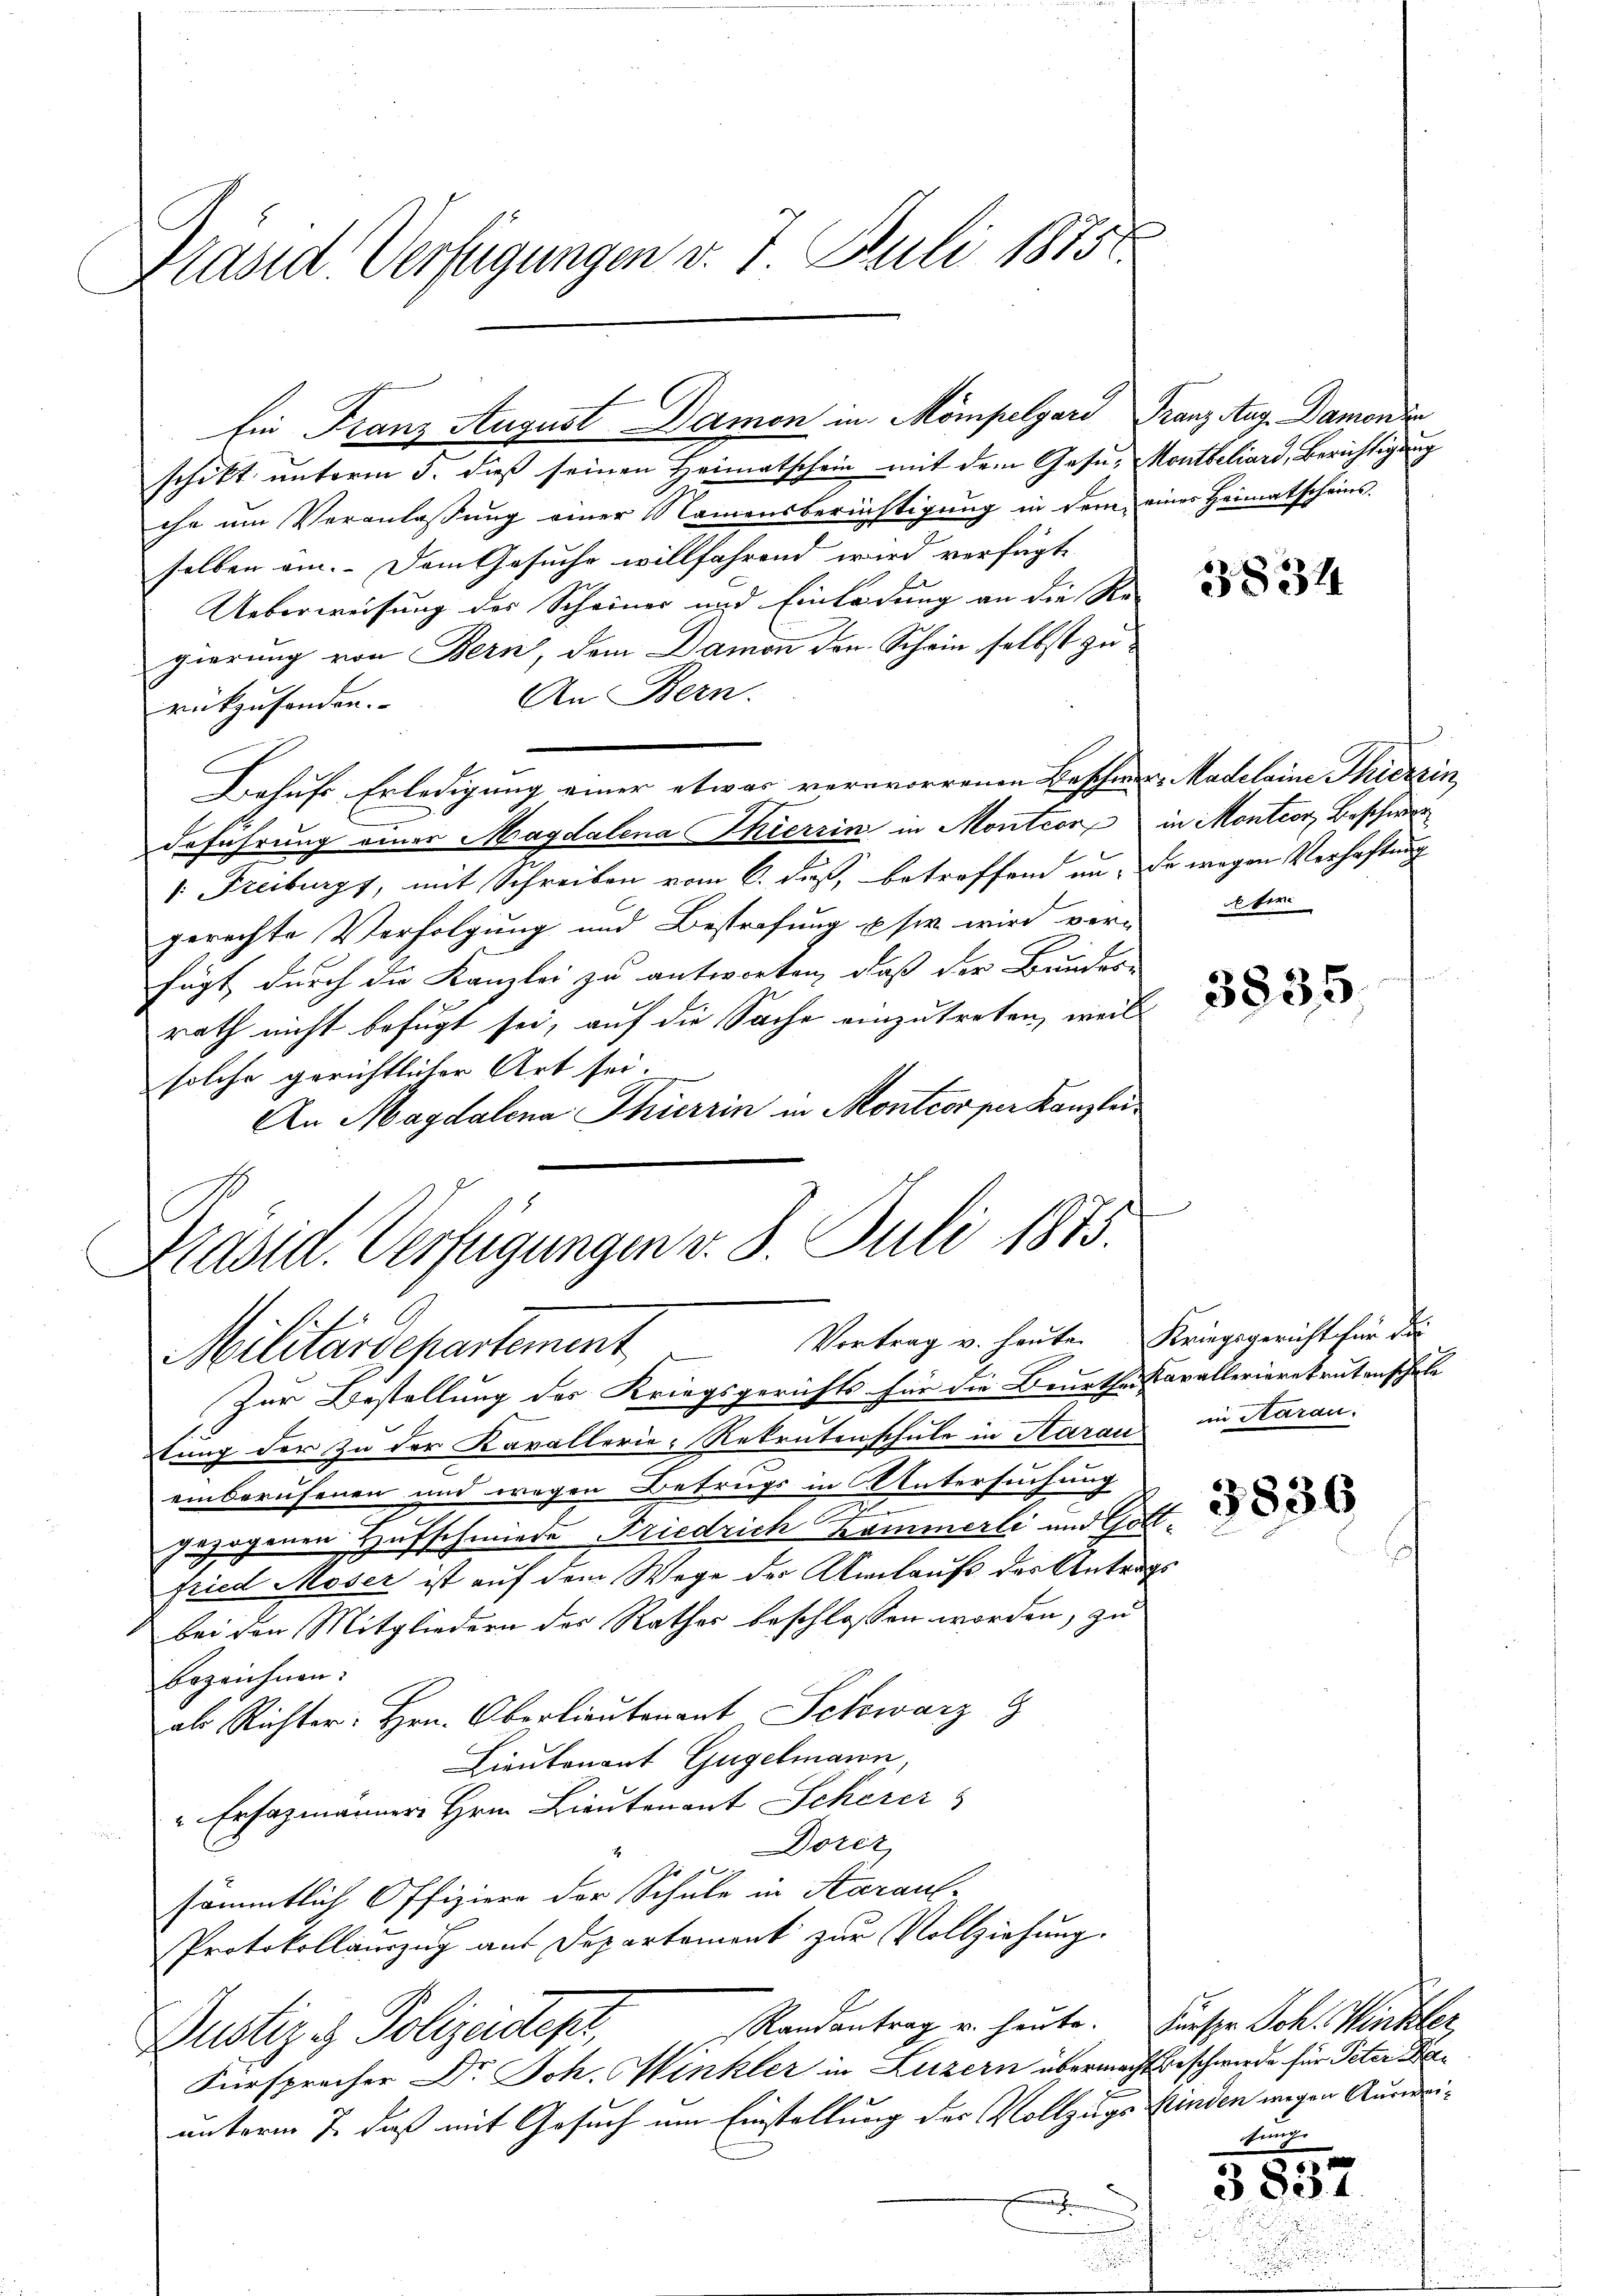
Präsid. Verfügungen v. 7. Juli 1815

schickt unterm 3. dieß seinen Heimatschein mit dem Gesu- Montbeliard, Berichtigung
che um Veranlassung einer Namensberichtigung in dem eines Heimatscheins-
selben ein. Dem Gesuche willfahrend wird verfügte
Ueberweisung des Scheiner und Einladung an die Re-
gierung von Bern, dem Damon den Schein selbst zu¬
An Bern.
rückzusenden.
Behufs Erledigung einer etwas verworrenen Beschwer, Madeleine Thierzin
Beführung einer Magdalena Thierzin in Montcore in Montion, Beschwer¬
1. Freiburgs, mit Schreiben vom 6. Fuß, betroffend an, da wegen Verhaftung
gerechte Verfolgung und Bestrafung u sie wird versagt durch die Kanzlei zu antworten, daß der Bundes-
rath nicht befugt sei, auf die Sache einzutreten, weil
solche gerichtlicher Art sei.
An Magdalena Thierrin in Montcos per Kanzlei

Ein Franz August Damon in Mompelgari Franz Aug. Damonde

Präsid. Verfügungen v. 8. Juli 1873.
Vortrag v. heute Kriegsgericht für die
Militärdepartement

Zur Bestellung des Kriegsgerichts für die Beurthes Kavallerierekrutenschule
stung der zu der Kavallerie-Rekrutenschule in Harau in Aarau.
einberufenen und wegen Betrugs in Untersuchung
gezogenen Hufschmiede Friedrich Kommerli und Gott¬
Fried Moser ist auf dem Wege der Umlauf der Antrags
bei den Mitgliedern des Rathes beschlossen worden, zu
bezeichnen:
al Richter Hrn. Oberlieutenant Schwarz 9
Lieutenant Gugelmann,
" Ersazmänner Hrn. Lieutenant Scherer
Dorez
sämmtlich Offiziere der Schule in Aaraus-
Protokollanzug aus Departement zur Vollziehung.
Randantrag u. heute. Fürspr. Joh. Winkler,
Justiz & Polizeidept,
Fürsprecher Dr. Joh. Winkler in Luzern übermacht beschwerde für Peter a
unterm 7. daß mit Gesuch um Einstellung der Vollzugs Kinden wegen Auswei¬
.

383

ter

3835

3830

funge

e
3832